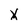
Character: X